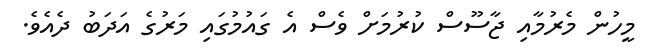
މީހުން މެރުމާއި ޖާސޫސް ކުރުމަށް ވެސް އެ ގައުމުގައި މަރުގެ އަދަބު ދެއެވެ.